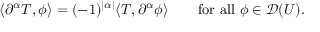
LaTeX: \langle \partial ^ { \alpha } T , \phi \rangle = ( - 1 ) ^ { | \alpha | } \langle T , \partial ^ { \alpha } \phi \rangle \qquad { \mathrm { f o r ~ a l l ~ } } \phi \in { \mathcal { D } } ( U ) .